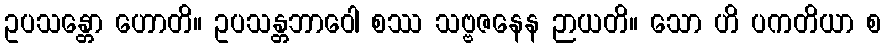
ဥပသန္တော ဟောတိ။ ဥပသန္တဘာဝေါ စဿ သဗ္ဗဇနေန ဉာယတိ။ သော ဟိ ပကတိယာ စ